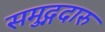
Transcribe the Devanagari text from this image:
समुद्गदारु